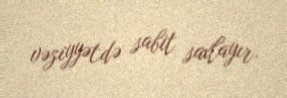
vəziyyətdə sabit saxlayır.